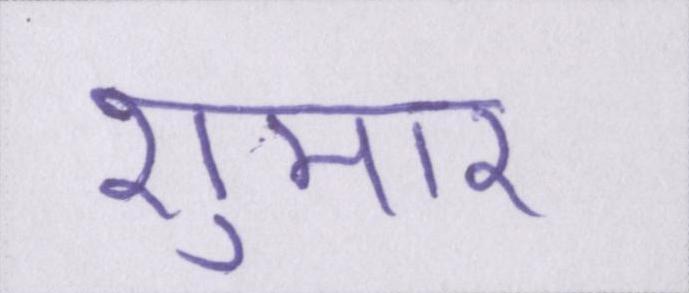
शुमार